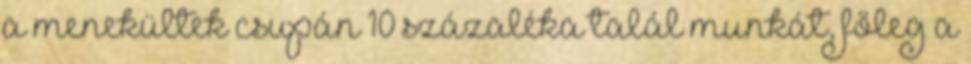
a menekültek csupán 10 százaléka talál munkát, főleg a